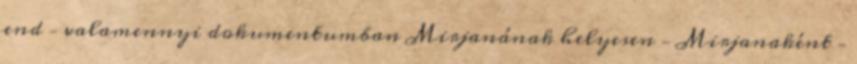
end – valamennyi dokumentumban Mirjanának helyesen – Mirjanaként –